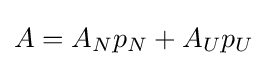
A=A_{N}p_{N}+A_{U}p_{U}